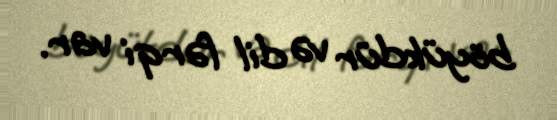
böyükdür və dil fərqi var.